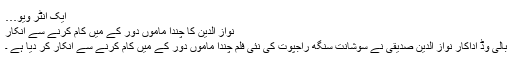
ایک انٹر ویو…
نواز الدین کا چندا ماموں دور کے میں کام کرنے سے انکار
بالی وڈ اداکار نواز الدین صدیقی نے سوشانت سنگھ راجپوت کی نئی فلم چندا ماموں دور کے میں کام کرنے سے انکار کر دیا ہے ۔